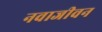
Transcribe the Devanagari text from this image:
नवाजीवन